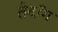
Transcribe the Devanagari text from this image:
तैदॉँग